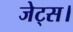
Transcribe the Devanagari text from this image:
जेट्स।